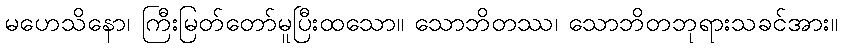
မဟေသိနော၊ ကြီးမြတ်တော်မူပြီးထသော။ သောဘိတဿ၊ သောဘိတဘုရားသခင်အား။